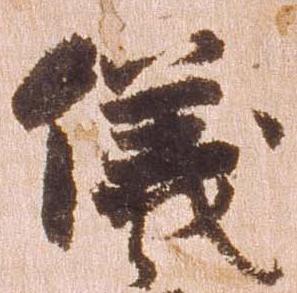
儀